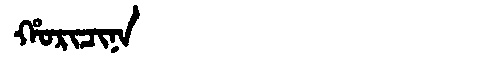
Manchu: ᡥᠣᡵᡳᠴᡳᠨᠠ
Romanization: HORICINA